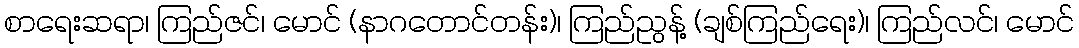
စာရေးဆရာ၊ ကြည်ဇင်၊ မောင် (နာဂတောင်တန်း)၊ ကြည်ညွန့် (ချစ်ကြည်ရေး)၊ ကြည်လင်၊ မောင်